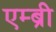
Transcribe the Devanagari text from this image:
एम्ब्री